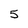
Character: 5